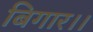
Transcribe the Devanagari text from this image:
बिगार।।